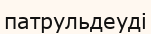
патрульдеуді